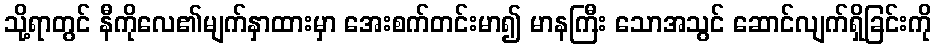
သို့ရာတွင် နီကိုလေ၏မျက်နှာထားမှာ အေးစက်တင်းမာ၍ မာနကြီး သောအသွင် ဆောင်လျက်ရှိခြင်းကို